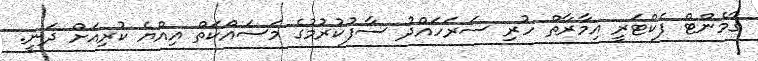
ގާމެންޓް ފެކްޓަރީ އިމާރާތް ހުރި ސަރަހައްދު ސާފުކުރުމުގެ މަސައްކަތް އިއްޔެ ކުރިއަށް ދަނީ.